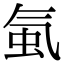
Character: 𧉁